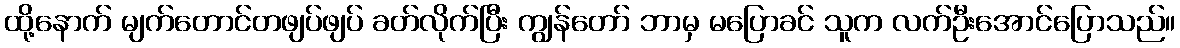
ထို့နောက် မျက်တောင်တဖျပ်ဖျပ် ခတ်လိုက်ပြီး ကျွန်တော် ဘာမှ မပြောခင် သူက လက်ဦးအောင်ပြောသည်။